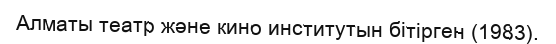
Алматы театр және кино институтын бітірген (1983).